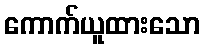
ကောက်ယူထားသော